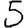
Digit: 5